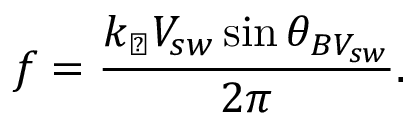
f = \frac { k _ { \perp } V _ { s w } \sin \theta _ { B V _ { s w } } } { 2 \pi } .